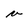
Character: v